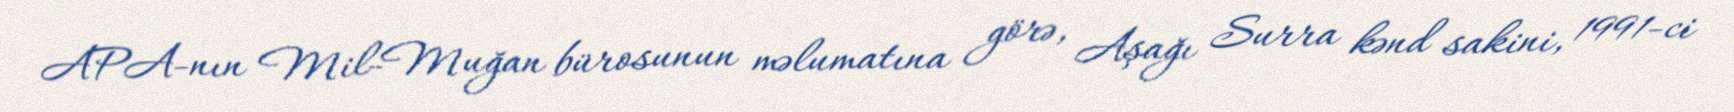
APA-nın Mil-Muğan bürosunun məlumatına görə, Aşağı Surra kənd sakini, 1991-ci